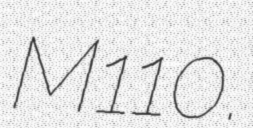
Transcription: M110.